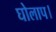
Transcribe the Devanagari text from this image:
घोलाप।